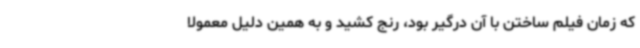
که زمان فیلم ساختن با آن درگیر بود، رنج کشید و به همین دلیل معمولا